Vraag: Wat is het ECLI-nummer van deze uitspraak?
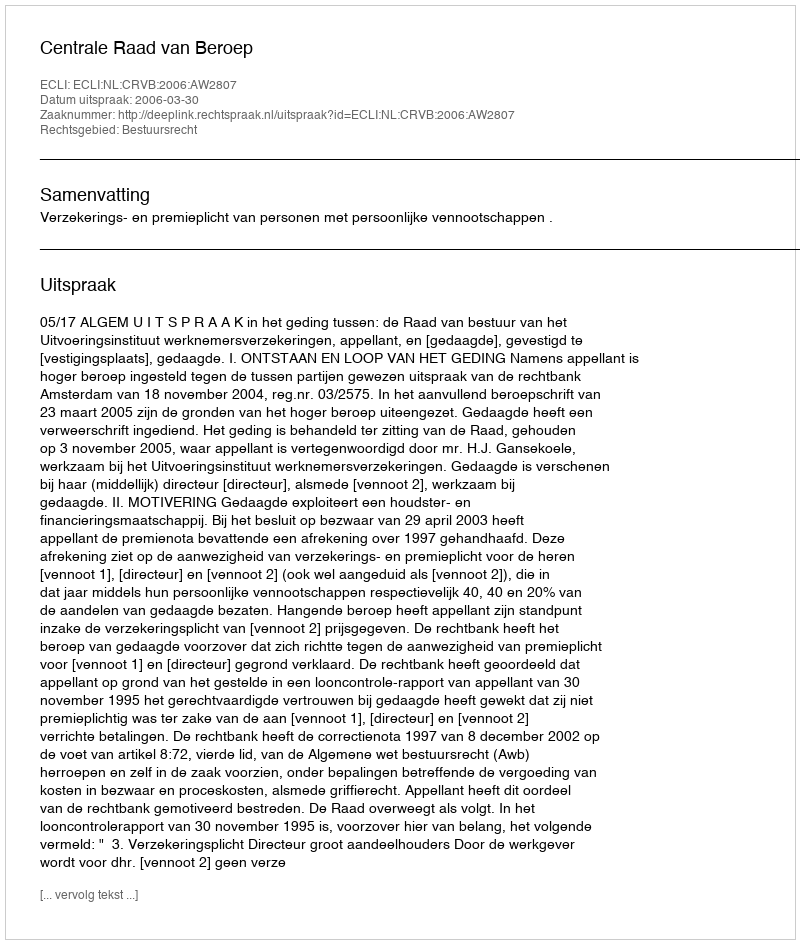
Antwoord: ECLI:NL:CRVB:2006:AW2807